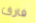
فارق